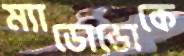
ম্যাডোন্ডোকে